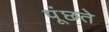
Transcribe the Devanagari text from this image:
पूंछते